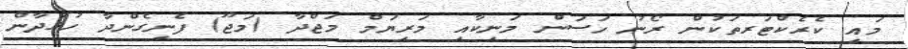
މައި ކެރެކްޓަރތަކުން ރޯނު ހަސަން މަނިކާއި މަރިޔަމް މަޖްދާ (މަޖޫ) ފެނިގެންދާ ހުޅުދާން